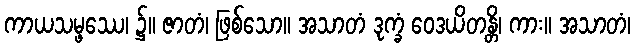
ကာယသမ္ဖဿေ၊ ၌။ ဇာတံ၊ ဖြစ်သော။ အသာတံ ဒုက္ခံ ဝေဒယိတန္တိ၊ ကား။ အသာတံ၊